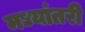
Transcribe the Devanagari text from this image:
मध्यांतरी